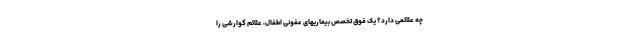
چه علائمی دارد؟ یک فوق تخصص بیماریهای عفونی اطفال، علائم گوارشی را